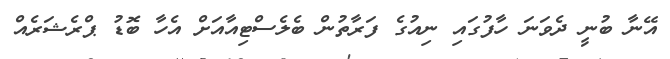
އޭނާ ބުނީ ދެވަނަ ހާފުގައި ނިއުގެ ފަރާތުން ބެލެސްޓިއާއަށް އެހާ ބޮޑު ޕްރެޝަރެއް